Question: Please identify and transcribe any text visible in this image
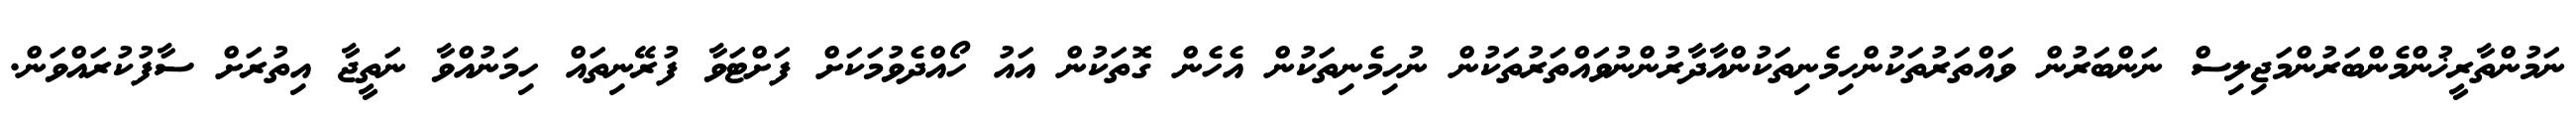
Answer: ނަމުންތާރީޚުންމެންބަރުންމަޖިލިސް ނަންބަރުން ވައްތަރުތަކުންހިމެނިތަކުންއާދާރުންނުވައްތަރުތަކުން ނުހިމެނިތަކުން އެހެން ގޮތަކުން އައު ހޯއްދެވުމަކަށް ފަށްޓަވާ ފުރޭނިތައް ހިމަނުއްވާ ނަތީޖާ އިތުރަށް ސާފުކުރައްވަން.